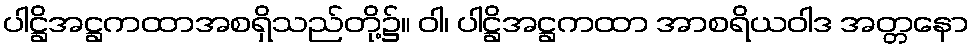
ပါဋ္ဌိအဋ္ဌကထာအစရှိသည်တို့၌။ ဝါ၊ ပါဋ္ဌိအဋ္ဌကထာ အာစရိယဝါဒ အတ္တနော